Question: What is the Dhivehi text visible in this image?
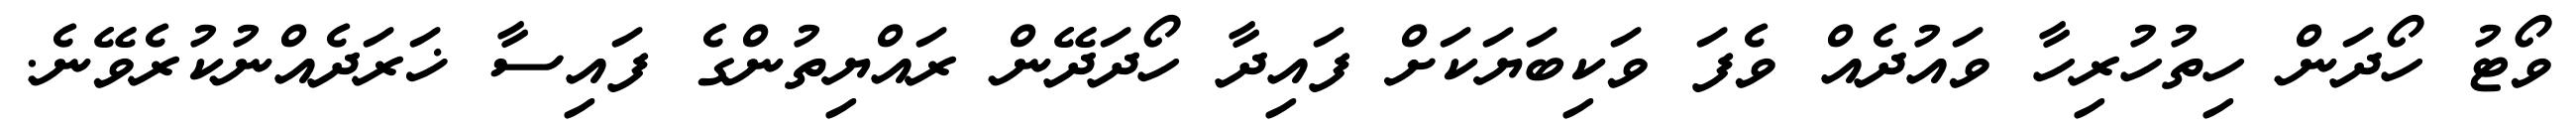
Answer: ވޯޓު ހޯދަން ހިތުހުރިހާ ވައުދެއް ވެފަ ވަކިބަޔަކަށް ފައިދާ ހޯދަދޭން ރައްޔިތުންގެ ފައިސާ ޚަރަދެއްނުކުރެވޭނެ.